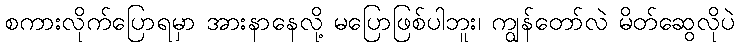
စကားလိုက်ပြောရမှာ အားနာနေလို့ မပြောဖြစ်ပါဘူး၊ ကျွန်တော်လဲ မိတ်ဆွေလိုပဲ